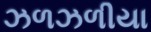
ઝળઝળીયા